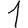
Digit: 1